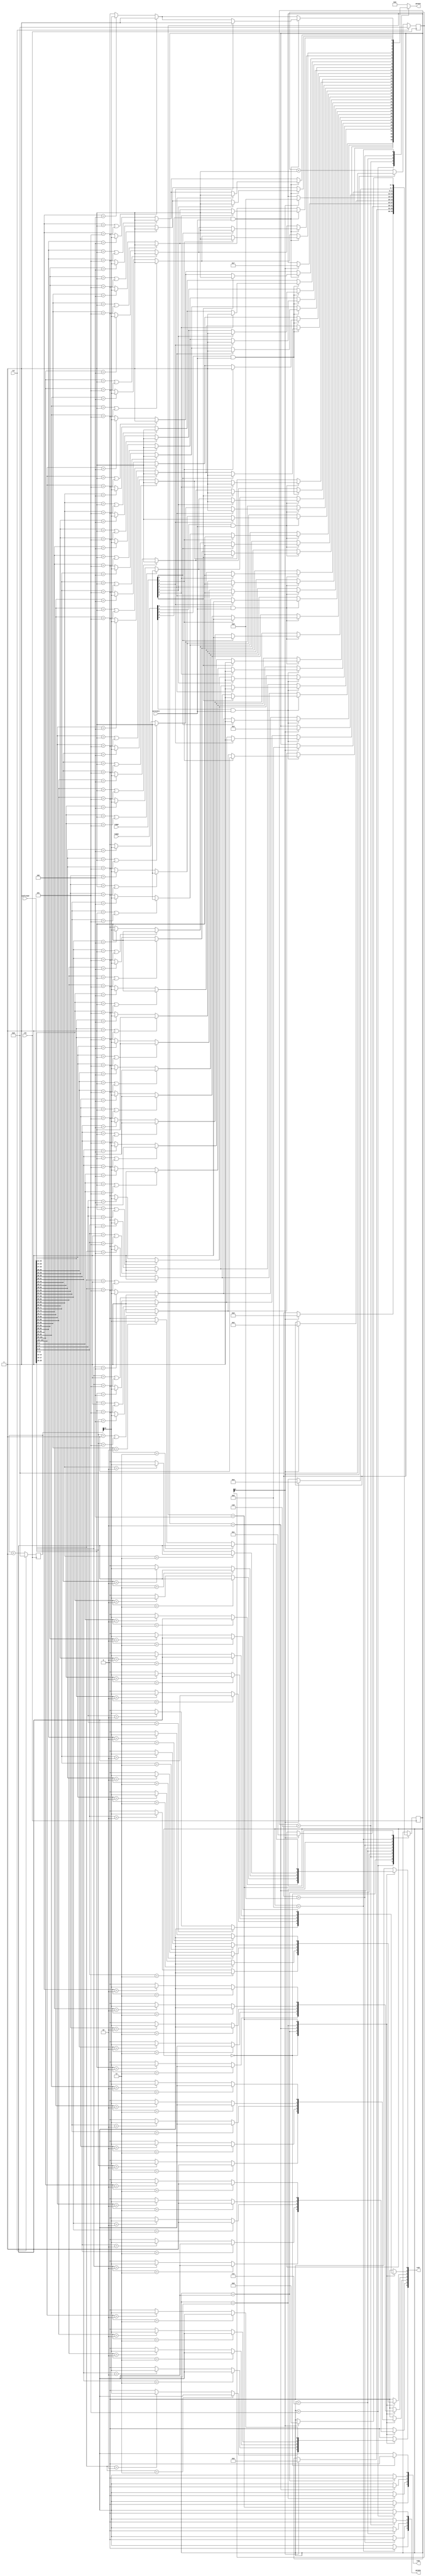
/*
   This file was generated automatically by the Mojo IDE version B1.3.5.
   Do not edit this file directly. Instead edit the original Lucid source.
   This is a temporary file and any changes made to it will be destroyed.
*/

module dotMatrix_1 (
    input clk,
    input rst,
    input [104:0] confirmed,
    input [4:0] tempc,
    input [6:0] tempr,
    input activate,
    output reg [4:0] greenc,
    output reg [6:0] greenr,
    output reg [4:0] redc,
    output reg [6:0] redr
  );
  
  
  
  integer i;
  integer j;
  
  reg [24:0] M_counter_d, M_counter_q = 1'h0;
  
  reg [24:0] M_blinker_d, M_blinker_q = 1'h0;
  
  
  localparam ONER_row = 4'd0;
  localparam TWOR_row = 4'd1;
  localparam THREER_row = 4'd2;
  localparam FOURR_row = 4'd3;
  localparam FIVER_row = 4'd4;
  localparam ONEG_row = 4'd5;
  localparam TWOG_row = 4'd6;
  localparam THREEG_row = 4'd7;
  localparam FOURG_row = 4'd8;
  localparam FIVEG_row = 4'd9;
  
  reg [3:0] M_row_d, M_row_q = ONER_row;
  
  always @* begin
    M_row_d = M_row_q;
    M_blinker_d = M_blinker_q;
    M_counter_d = M_counter_q;
    
    greenr = 1'h0;
    greenc = 5'h1f;
    redr = 1'h0;
    redc = 5'h1f;
    
    case (M_row_q)
      ONEG_row: begin
        greenc[0+0-:1] = 1'h0;
        for (i = 1'h0; i < 3'h7; i = i + 1) begin
          if (confirmed[0+(i)*3+2-:3] == 1'h1 || confirmed[0+(i)*3+2-:3] == 3'h5) begin
            greenr[(i)*1+0-:1] = 1'h1;
          end else begin
            if (confirmed[0+(i)*3+2-:3] == 3'h4) begin
              greenr[(i)*1+0-:1] = M_blinker_q[24+0-:1];
            end
          end
        end
        if (tempc[0+0-:1] == 1'h1 && activate) begin
          for (i = 1'h0; i < 3'h7; i = i + 1) begin
            if (tempr[(i)*1+0-:1] == 1'h1) begin
              greenr[(i)*1+0-:1] = 1'h1;
            end
          end
        end
        if (M_counter_q[8+0-:1] == 1'h1) begin
          M_row_d = ONER_row;
        end
      end
      ONER_row: begin
        redc[0+0-:1] = 1'h0;
        for (i = 1'h0; i < 3'h7; i = i + 1) begin
          if (confirmed[0+(i)*3+2-:3] == 3'h3) begin
            redr[(i)*1+0-:1] = 1'h1;
          end else begin
            if (confirmed[0+(i)*3+2-:3] == 3'h2) begin
              redr[(i)*1+0-:1] = M_blinker_q[24+0-:1];
            end
          end
        end
        if (M_counter_q[8+0-:1] == 1'h1) begin
          M_row_d = TWOG_row;
        end
      end
      TWOG_row: begin
        greenc[1+0-:1] = 1'h0;
        for (i = 1'h0; i < 3'h7; i = i + 1) begin
          if (confirmed[21+(i)*3+2-:3] == 3'h1 || confirmed[21+(i)*3+2-:3] == 3'h5) begin
            greenr[(i)*1+0-:1] = 1'h1;
          end else begin
            if (confirmed[21+(i)*3+2-:3] == 3'h4) begin
              greenr[(i)*1+0-:1] = M_blinker_q[24+0-:1];
            end
          end
        end
        if (tempc[1+0-:1] == 1'h1 && activate) begin
          for (i = 1'h0; i < 3'h7; i = i + 1) begin
            if (tempr[(i)*1+0-:1] == 1'h1) begin
              greenr[(i)*1+0-:1] = 1'h1;
            end
          end
        end
        if (M_counter_q[8+0-:1] == 1'h1) begin
          M_row_d = TWOR_row;
        end
      end
      TWOR_row: begin
        redc[1+0-:1] = 1'h0;
        for (i = 1'h0; i < 3'h7; i = i + 1) begin
          if (confirmed[21+(i)*3+2-:3] == 3'h3) begin
            redr[(i)*1+0-:1] = 1'h1;
          end else begin
            if (confirmed[21+(i)*3+2-:3] == 3'h2) begin
              redr[(i)*1+0-:1] = M_blinker_q[24+0-:1];
            end
          end
        end
        if (M_counter_q[8+0-:1] == 1'h1) begin
          M_row_d = THREEG_row;
        end
      end
      THREEG_row: begin
        greenc[2+0-:1] = 1'h0;
        for (i = 1'h0; i < 3'h7; i = i + 1) begin
          if (confirmed[42+(i)*3+2-:3] == 3'h1 || confirmed[42+(i)*3+2-:3] == 3'h5) begin
            greenr[(i)*1+0-:1] = 1'h1;
          end else begin
            if (confirmed[42+(i)*3+2-:3] == 3'h4) begin
              greenr[(i)*1+0-:1] = M_blinker_q[24+0-:1];
            end
          end
        end
        if (tempc[2+0-:1] == 1'h1 && activate) begin
          for (i = 1'h0; i < 3'h7; i = i + 1) begin
            if (tempr[(i)*1+0-:1] == 1'h1) begin
              greenr[(i)*1+0-:1] = 1'h1;
            end
          end
        end
        if (M_counter_q[8+0-:1] == 1'h1) begin
          M_row_d = THREER_row;
        end
      end
      THREER_row: begin
        redc[2+0-:1] = 1'h0;
        for (i = 1'h0; i < 3'h7; i = i + 1) begin
          if (confirmed[42+(i)*3+2-:3] == 3'h3) begin
            redr[(i)*1+0-:1] = 1'h1;
          end else begin
            if (confirmed[42+(i)*3+2-:3] == 3'h2) begin
              redr[(i)*1+0-:1] = M_blinker_q[24+0-:1];
            end
          end
        end
        if (M_counter_q[8+0-:1] == 1'h1) begin
          M_row_d = FOURG_row;
        end
      end
      FOURG_row: begin
        greenc[3+0-:1] = 1'h0;
        for (i = 1'h0; i < 3'h7; i = i + 1) begin
          if (confirmed[63+(i)*3+2-:3] == 3'h1 || confirmed[63+(i)*3+2-:3] == 3'h5) begin
            greenr[(i)*1+0-:1] = 1'h1;
          end else begin
            if (confirmed[63+(i)*3+2-:3] == 3'h4) begin
              greenr[(i)*1+0-:1] = M_blinker_q[24+0-:1];
            end
          end
        end
        if (tempc[3+0-:1] == 1'h1 && activate) begin
          for (i = 1'h0; i < 3'h7; i = i + 1) begin
            if (tempr[(i)*1+0-:1] == 1'h1) begin
              greenr[(i)*1+0-:1] = 1'h1;
            end
          end
        end
        if (M_counter_q[8+0-:1] == 1'h1) begin
          M_row_d = FOURR_row;
        end
      end
      FOURR_row: begin
        redc[3+0-:1] = 1'h0;
        for (i = 1'h0; i < 3'h7; i = i + 1) begin
          if (confirmed[63+(i)*3+2-:3] == 3'h3) begin
            redr[(i)*1+0-:1] = 1'h1;
          end else begin
            if (confirmed[63+(i)*3+2-:3] == 3'h2) begin
              redr[(i)*1+0-:1] = M_blinker_q[24+0-:1];
            end
          end
        end
        if (M_counter_q[8+0-:1] == 1'h1) begin
          M_row_d = FIVEG_row;
        end
      end
      FIVEG_row: begin
        greenc[4+0-:1] = 1'h0;
        for (i = 1'h0; i < 3'h7; i = i + 1) begin
          if (confirmed[84+(i)*3+2-:3] == 3'h1 || confirmed[84+(i)*3+2-:3] == 3'h5) begin
            greenr[(i)*1+0-:1] = 1'h1;
          end else begin
            if (confirmed[84+(i)*3+2-:3] == 3'h4) begin
              greenr[(i)*1+0-:1] = M_blinker_q[24+0-:1];
            end
          end
        end
        if (tempc[4+0-:1] == 1'h1 && activate) begin
          for (i = 1'h0; i < 3'h7; i = i + 1) begin
            if (tempr[(i)*1+0-:1] == 1'h1) begin
              greenr[(i)*1+0-:1] = 1'h1;
            end
          end
        end
        if (M_counter_q[8+0-:1] == 1'h1) begin
          M_row_d = FIVER_row;
        end
      end
      FIVER_row: begin
        redc[4+0-:1] = 1'h0;
        for (i = 1'h0; i < 3'h7; i = i + 1) begin
          if (confirmed[84+(i)*3+2-:3] == 3'h3) begin
            redr[(i)*1+0-:1] = 1'h1;
          end else begin
            if (confirmed[84+(i)*3+2-:3] == 3'h2) begin
              redr[(i)*1+0-:1] = M_blinker_q[24+0-:1];
            end
          end
        end
        if (M_counter_q[8+0-:1] == 1'h1) begin
          M_row_d = ONEG_row;
        end
      end
    endcase
    if (M_counter_q[8+0-:1] == 1'h1) begin
      M_counter_d = 1'h0;
    end else begin
      M_counter_d = M_counter_q + 1'h1;
    end
    M_blinker_d = M_blinker_q + 1'h1;
  end
  
  always @(posedge clk) begin
    if (rst == 1'b1) begin
      M_blinker_q <= 1'h0;
    end else begin
      M_blinker_q <= M_blinker_d;
    end
  end
  
  
  always @(posedge clk) begin
    if (rst == 1'b1) begin
      M_counter_q <= 1'h0;
    end else begin
      M_counter_q <= M_counter_d;
    end
  end
  
  
  always @(posedge clk) begin
    M_row_q <= M_row_d;
  end
  
endmodule